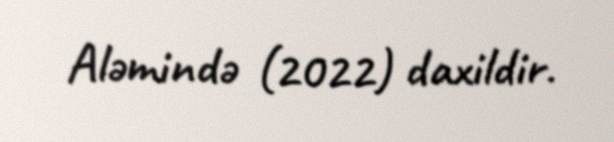
Aləmində (2022) daxildir.